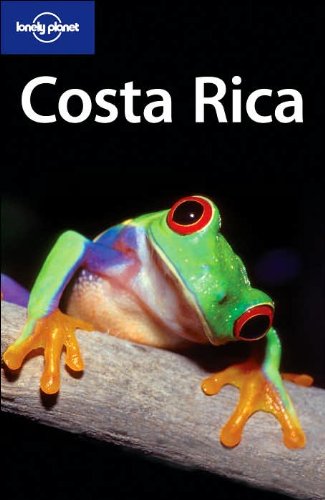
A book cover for Lonely Planet Costa Rica (Country Guide); Mara Vorhees; Travel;